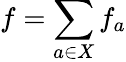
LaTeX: f=\sum_{a\in X}f_{a}